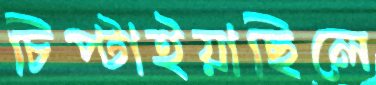
চিপ্‌টাইয়াছিলে